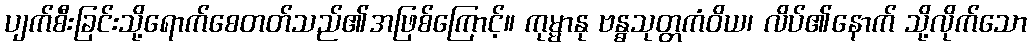
ပျက်စီးခြင်းသို့ရောက်စေတတ်သည်၏အဖြစ်ကြောင့်။ ကုမ္မာနု ဗန္ဓသုတ္တကံဝိယ၊ လိပ်၏နောက် သို့လိုက်သော